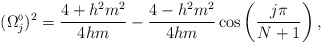
\begin{align*}(\Omega_{j}^{\scriptscriptstyle 0})^{2}=\frac{4+h^{2}m^{2}}{4hm}-\frac{4-h^{2}m^{2}}{4hm}\cos\left(\frac{j\pi}{N+1} \right),\end{align*}